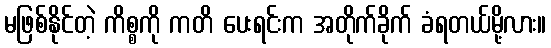
မဖြစ်နိုင်တဲ့ ကိစ္စကို ကတိ ပေးရင်းက အတိုက်ခိုက် ခံရတယ်မို့လား။